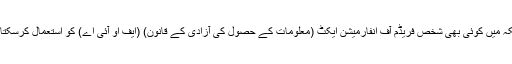
امریکہ میں کوئی بھی شخص فریڈم آف انفارمیشن ایکٹ (معلومات کے حصول کی آزادی کے قانون) (ایف او آئی اے) کو استعمال کرسکتا ہے۔